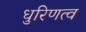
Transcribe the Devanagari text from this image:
धुरिणत्व